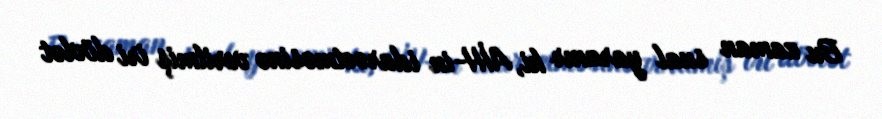
Bu zaman sual yaranır ki, AİH-in idarəetməsinə verilmiş iri dövlət